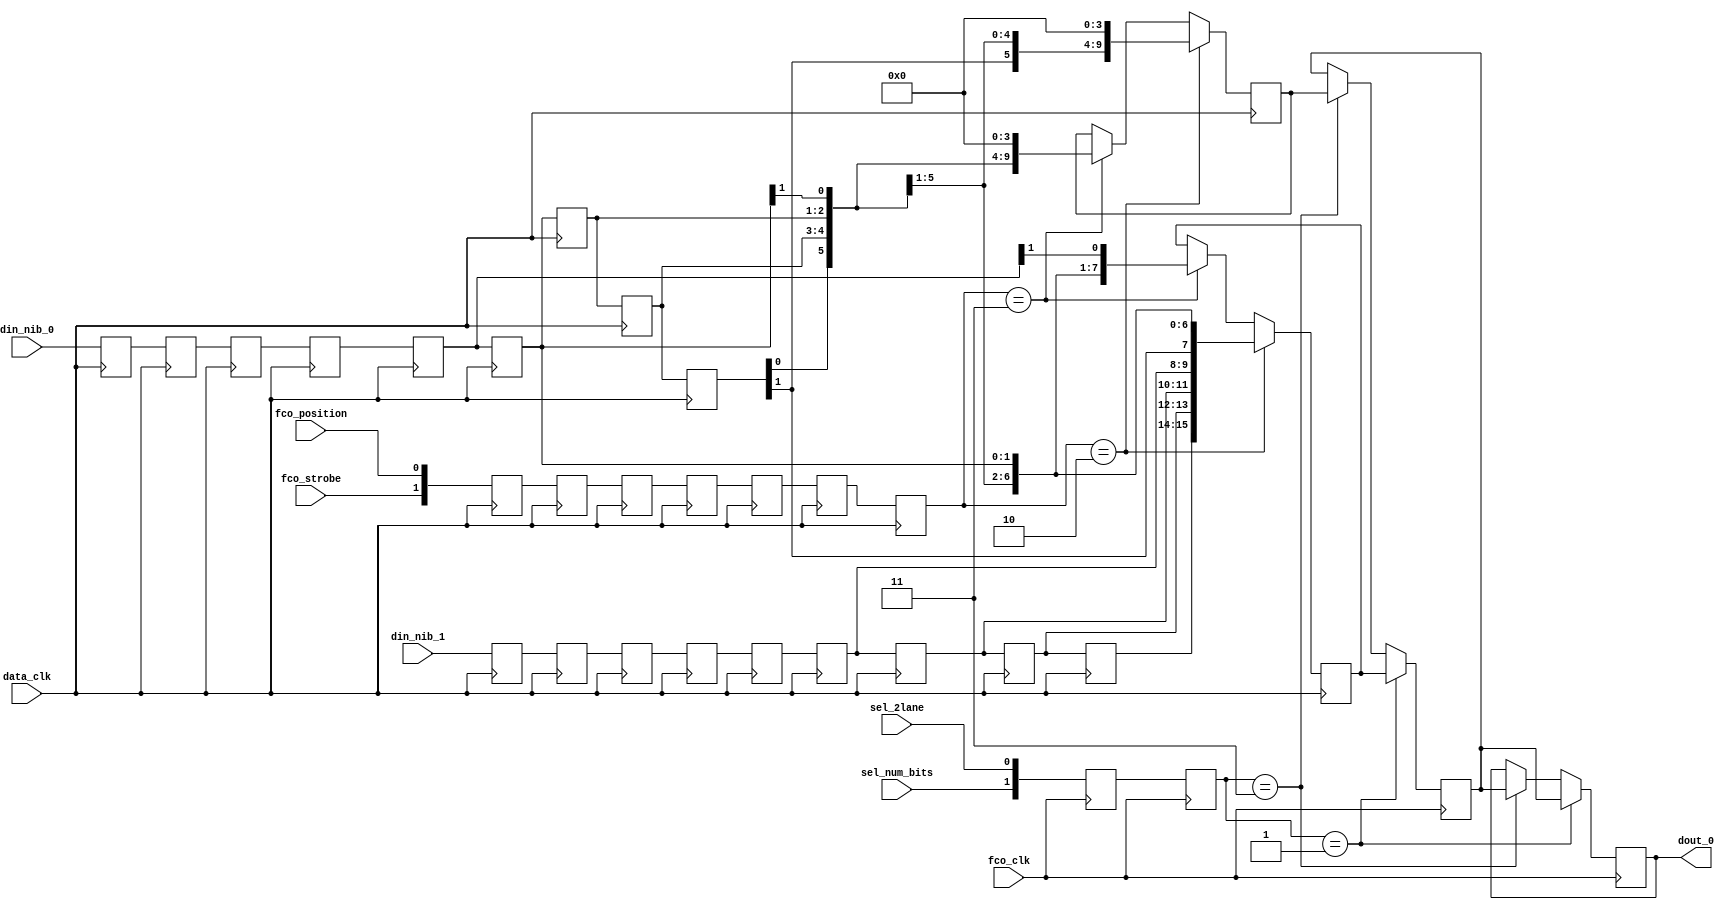
//////////////////////////////////////////////////////////////////////////////////
// Company: 		Analog Devices, Inc.
//////////////////////////////////////////////////////////////////////////////////
module iser_deframe_data
   (
    output [15:0]      dout_0,         // Used in 2 lane mode
    input  [1:0]       din_nib_0,
    input  [1:0]       din_nib_1,
    input              fco_clk,
    input              fco_strobe,
    input              fco_position,
    input              data_clk,
    input              sel_2lane,      // 1 = 2 lanes (2 lane mode only)
    input              sel_num_bits    // 0 = 16-bits (14-bit ADC), 1 = 12-bits
    );

   //==========================================================================
   // Register declarations
   //==========================================================================
   reg  [1:0]          ctrl_word1;
   reg  [1:0]          ctrl_word1_d0;
   reg  [1:0]          ctrl_word1_d1;
   reg  [1:0]          ctrl_word1_d2;
   reg  [1:0]          ctrl_word1_d3;
   reg  [1:0]          ctrl_word1_d4;
   reg  [1:0]          ctrl_word1_d5;
   reg  [1:0]          ctrl_word2;
   reg  [1:0]          ctrl_word2_d0;
   reg  [1:0]          din_nib_0_d1;
   reg  [1:0]          din_nib_0_d2;
   reg  [1:0]          din_nib_0_d3;
   reg  [1:0]          din_nib_0_d4;
   reg  [1:0]          din_nib_0_d5;
   reg  [1:0]          din_nib_0_d6;
   reg  [1:0]          din_nib_0_d7;
   reg  [1:0]          din_nib_0_d8;
   reg  [1:0]          din_nib_0_d9;
   reg  [1:0]          din_nib_1_d1;
   reg  [1:0]          din_nib_1_d2;
   reg  [1:0]          din_nib_1_d3;
   reg  [1:0]          din_nib_1_d4;
   reg  [1:0]          din_nib_1_d5;
   reg  [1:0]          din_nib_1_d6;
   reg  [1:0]          din_nib_1_d7;
   reg  [1:0]          din_nib_1_d8;
   reg  [1:0]          din_nib_1_d9;
   reg  [15:0]         dout_word_0_d0;
   reg  [15:0]         dout_word_0_reg;
   reg  [15:0]         dout_word_16b_2l;
   reg  [15:0]         dout_word_12b_2l;

   //==========================================================================
   // Pipeline data
   //==========================================================================
   always @(posedge data_clk)
      begin
         din_nib_0_d1 <= din_nib_0;
         din_nib_0_d2 <= din_nib_0_d1;
         din_nib_0_d3 <= din_nib_0_d2;
         din_nib_0_d4 <= din_nib_0_d3;
         din_nib_0_d5 <= din_nib_0_d4;
         din_nib_0_d6 <= din_nib_0_d5;
         din_nib_0_d7 <= din_nib_0_d6;
         din_nib_0_d8 <= din_nib_0_d7;
         din_nib_0_d9 <= din_nib_0_d8;
      end

   always @(posedge data_clk)
      begin
         din_nib_1_d1 <= din_nib_1;
         din_nib_1_d2 <= din_nib_1_d1;
         din_nib_1_d3 <= din_nib_1_d2;
         din_nib_1_d4 <= din_nib_1_d3;
         din_nib_1_d5 <= din_nib_1_d4;
         din_nib_1_d6 <= din_nib_1_d5;
         din_nib_1_d7 <= din_nib_1_d6;
         din_nib_1_d8 <= din_nib_1_d7;
         din_nib_1_d9 <= din_nib_1_d8;
      end

   //==========================================================================
   // Sync control word to local clock, delay to line up with data
   //==========================================================================
   always @(posedge data_clk)
      begin
         ctrl_word1_d0 <= {fco_strobe, fco_position};
         ctrl_word1_d1 <= ctrl_word1_d0;
         ctrl_word1_d2 <= ctrl_word1_d1;
         ctrl_word1_d3 <= ctrl_word1_d2;
         ctrl_word1_d4 <= ctrl_word1_d3;
         ctrl_word1_d5 <= ctrl_word1_d4;
         ctrl_word1    <= ctrl_word1_d5;
      end

   //==========================================================================
   // Arrange data based on FCO strobe, mode and FCO position
   // 10 = no delay
   // 11 = delayed by 1
   //==========================================================================
   
   // 16-bits, 2 lane mode 
   always @(posedge data_clk)
      if(ctrl_word1 == 2'b10)
         dout_word_16b_2l <= {din_nib_1_d9, din_nib_1_d8, 
                              din_nib_1_d7, din_nib_1_d6,
                              din_nib_0_d9, din_nib_0_d8,
                              din_nib_0_d7, din_nib_0_d6};
      else if(ctrl_word1 == 2'b11)
         dout_word_16b_2l <= {din_nib_1_d9[0], din_nib_1_d8, 
                              din_nib_1_d7,    din_nib_1_d6,
                              din_nib_1_d5[1], 
                              din_nib_0_d9[0], din_nib_0_d8, 
                              din_nib_0_d7,    din_nib_0_d6,
                              din_nib_0_d5[1]};

   // 12-bits, 2 lane mode
   always @(posedge data_clk)
      if(ctrl_word1 == 2'b10)
         dout_word_12b_2l <= {din_nib_1_d9, din_nib_1_d8, din_nib_1_d7,
                              din_nib_0_d9, din_nib_0_d8, din_nib_0_d7, 4'b0};
      else if(ctrl_word1 == 2'b11)
         dout_word_12b_2l <= {din_nib_1_d9[0], din_nib_1_d8,
                              din_nib_1_d7,    din_nib_1_d6[1],         
                              din_nib_0_d9[0], din_nib_0_d8, 
                              din_nib_0_d7,    din_nib_0_d6[1], 4'b0};

   //==========================================================================
   // Sync control words to local clock
   //==========================================================================
   always @(posedge fco_clk)
      begin
         ctrl_word2_d0 <= {sel_num_bits, sel_2lane};
         ctrl_word2    <= ctrl_word2_d0;
      end

   //==========================================================================
   // Sync data output to FCO clock
   // 01 = 16-bits, 2 lanes
   // 11 = 12-bits, 2 lanes
   //==========================================================================
   always @(posedge fco_clk)
      if(ctrl_word2 == 2'b01)
         begin
           dout_word_0_d0  <= dout_word_16b_2l;
           dout_word_0_reg <= dout_word_0_d0;
         end
      else if(ctrl_word2 == 2'b11)
         begin
            dout_word_0_d0  <= dout_word_12b_2l;
            dout_word_0_reg <= dout_word_0_d0;
         end

   assign dout_0 = dout_word_0_reg;

endmodule